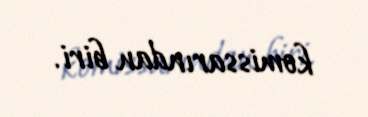
komissarından biri.